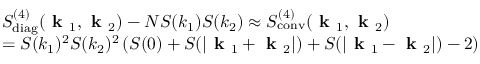
\begin{array} { r l } & { S _ { \mathrm { d i a g } } ^ { ( 4 ) } ( \textbf { k } _ { 1 } , \textbf { k } _ { 2 } ) - N S ( k _ { 1 } ) S ( k _ { 2 } ) \approx S _ { \mathrm { c o n v } } ^ { ( 4 ) } ( \textbf { k } _ { 1 } , \textbf { k } _ { 2 } ) } \\ & { = S ( k _ { 1 } ) ^ { 2 } S ( k _ { 2 } ) ^ { 2 } \left( S ( 0 ) + S ( | \textbf { k } _ { 1 } + \textbf { k } _ { 2 } | ) + S ( | \textbf { k } _ { 1 } - \textbf { k } _ { 2 } | ) - 2 \right) } \end{array}